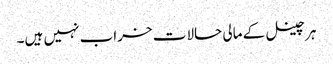
ہر چینل کے مالی حالات خراب نہیں ہیں۔